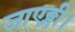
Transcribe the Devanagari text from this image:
जाएङ्गी।